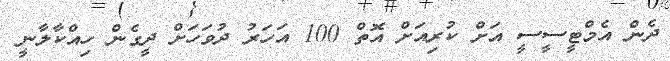
ދެން އެމްޓީސީސީ އަށް ކުރިއަށް އޮތް 100 އަހަރު ދުވަހަށް ދީގެން ހިއްކާލާނީ